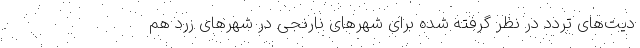
دیت‌های تردد در نظر گرفته شده برای شهرهای نارنجی در شهرهای زرد هم